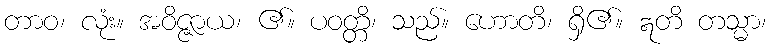
တာဝ၊ လုံး။ အဝိဇ္ဇာယ၊ ၏။ ပဝတ္တိ၊ သည်။ ဟောတိ၊ ရှိ၏။ ဣတိ တသ္မာ၊